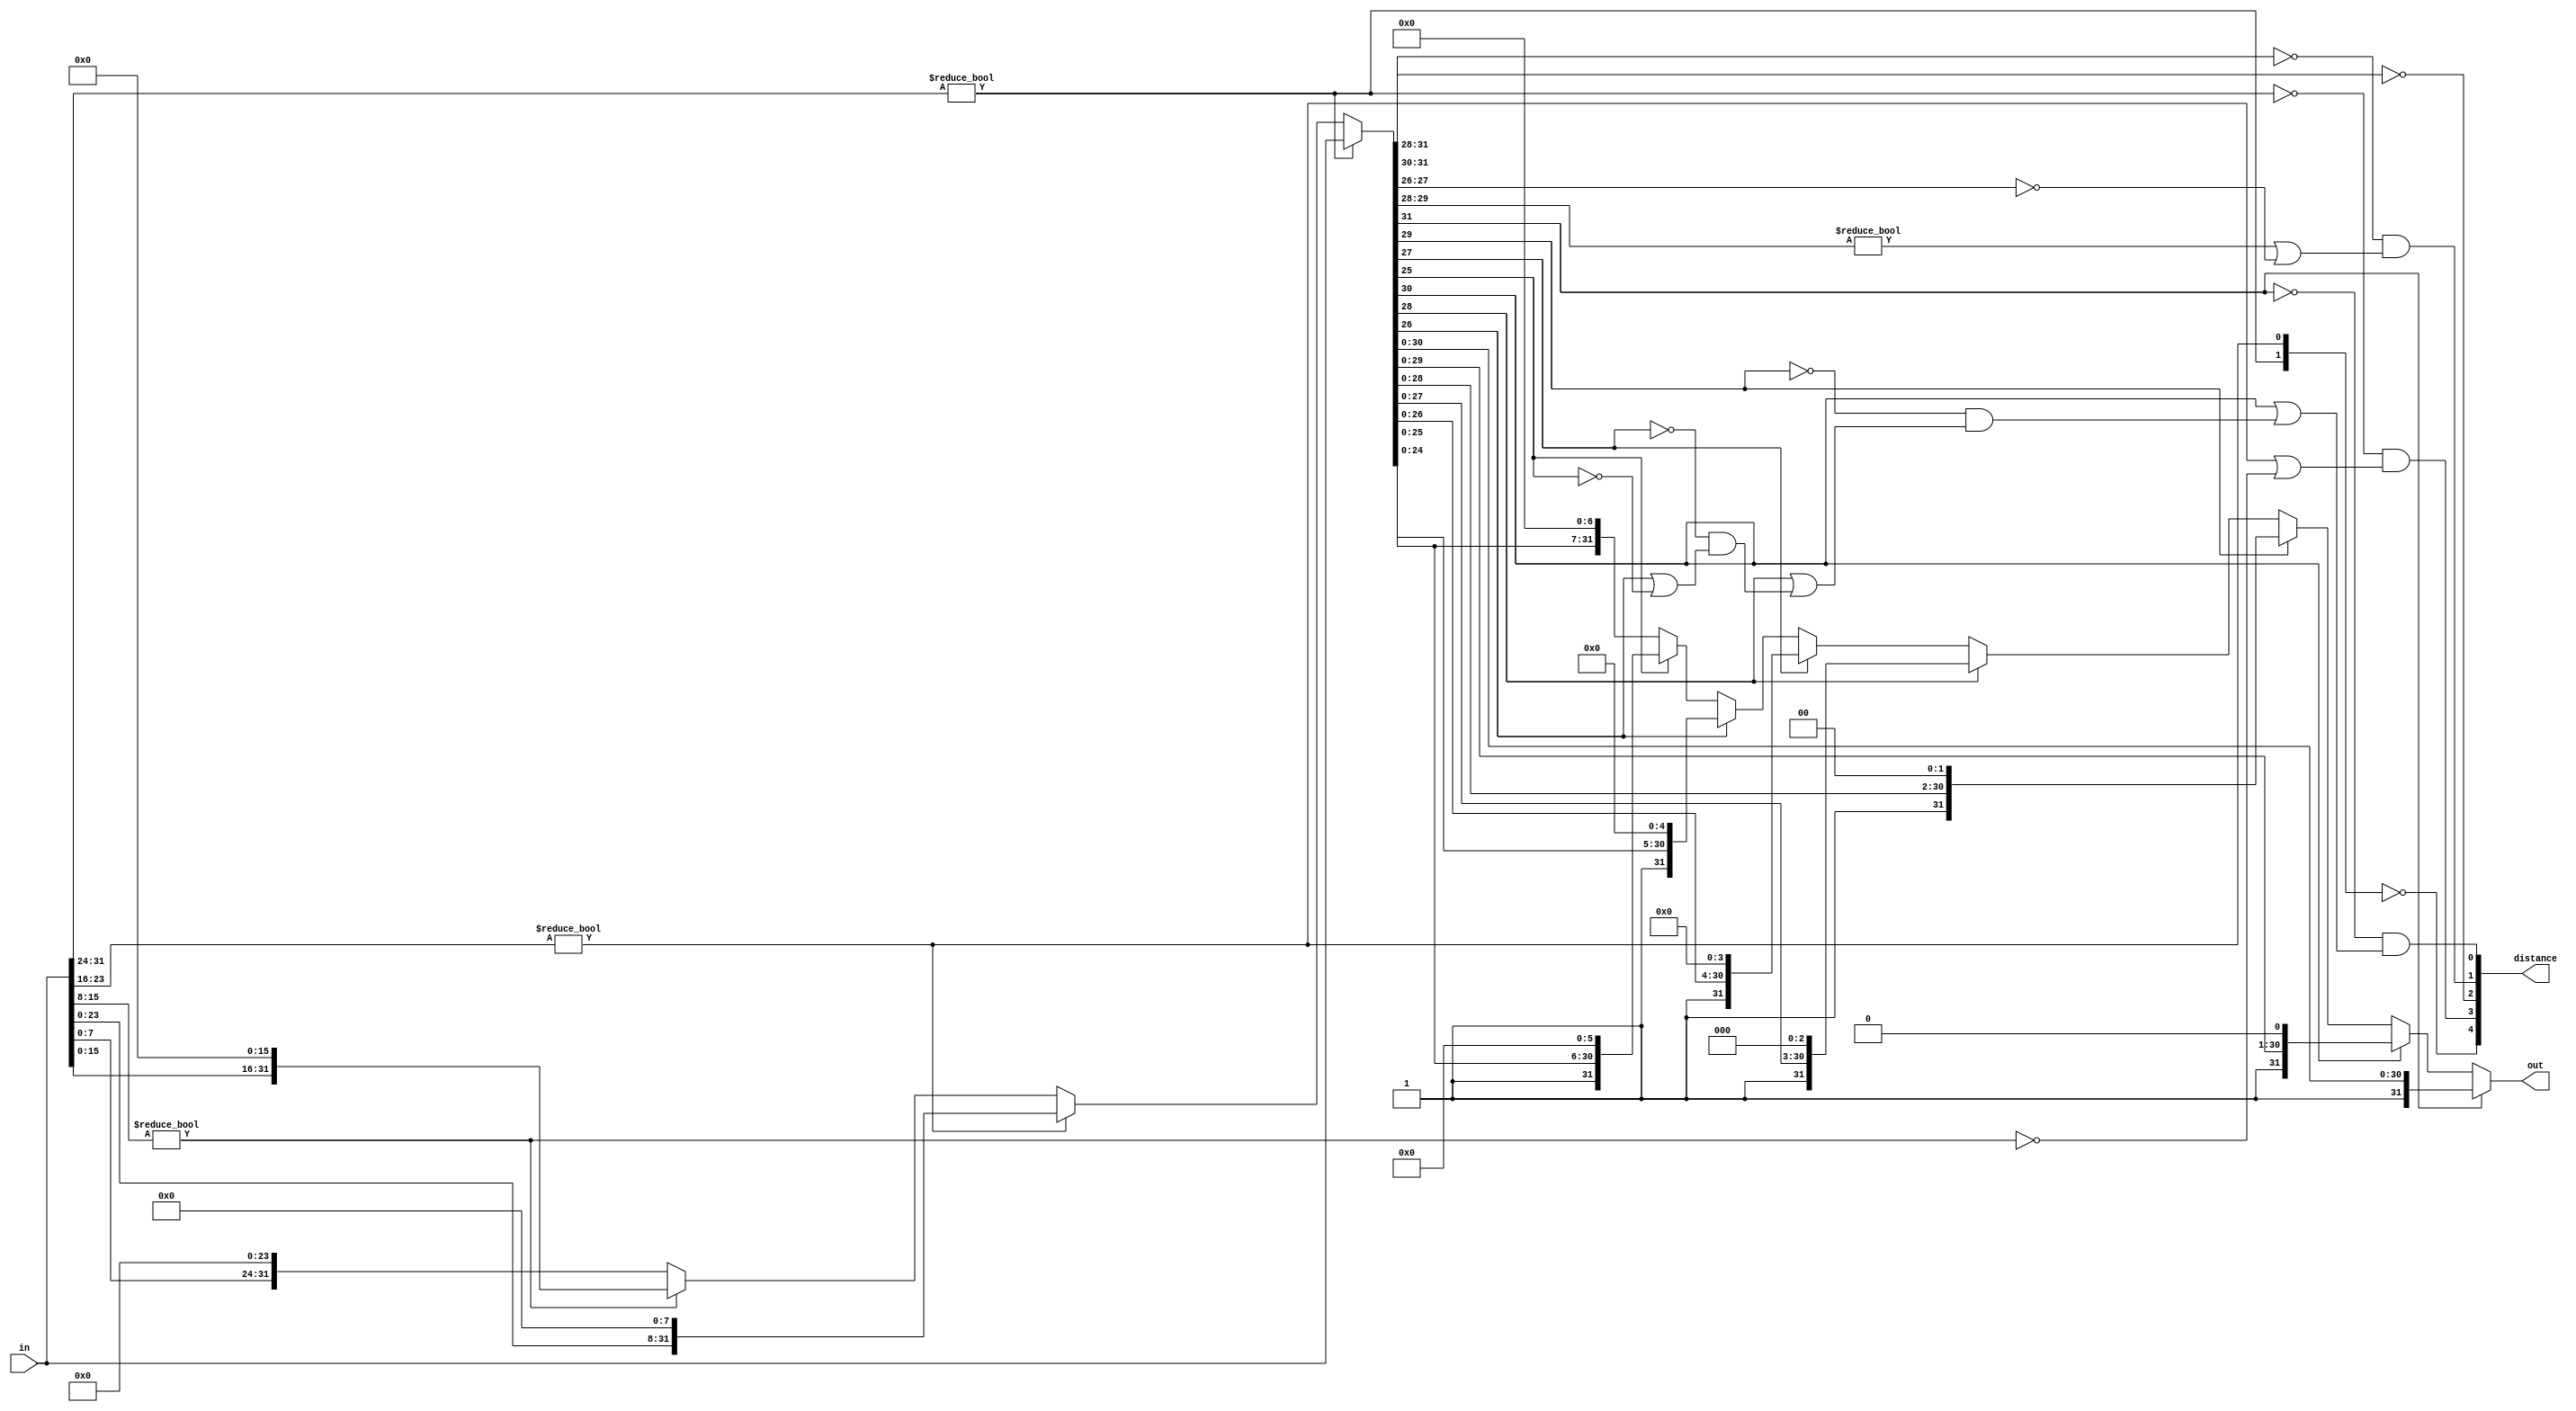

/*----------------------------------------------------------------------------
| If `in' is zero, returns `distance' = 31 and `out' = 0.  Otherwise, returns
| normalized `in' in `out' such that `out[31]' is 1.
*----------------------------------------------------------------------------*/

module normalize32( in, distance, out );

    input  [31:0] in;
    output [4:0]  distance;
    output [31:0] out;

    wire [3:1]  reduce8s;
    wire [4:0]  distance;
    wire [31:0] normTo8, out;

    assign reduce8s[3] = ( in[31:24] != 0 );
    assign reduce8s[2] = ( in[23:16] != 0 );
    assign reduce8s[1] = ( in[15:8]  != 0 );
    assign distance[4] = ( reduce8s[3:2] == 0 );
    assign distance[3] = ~ reduce8s[3] & ( reduce8s[2] | ~ reduce8s[1] );
    assign normTo8 =
          reduce8s[3] ? in
        : reduce8s[2] ? in<<8
        : reduce8s[1] ? in<<16
        : in<<24;

    assign distance[2] = ( normTo8[31:28] == 0 );
    assign distance[1] =
        ( normTo8[31:30] == 0 )
            & ( ( normTo8[29:28] != 0 ) || ( normTo8[27:26] == 0 ) );
    assign distance[0] =
          ~ normTo8[31]
        & (   normTo8[30]
            | (   ~ normTo8[29]
                & (   normTo8[28]
                    | ( ~ normTo8[27] & ( normTo8[26] | ~ normTo8[25] ) ) )
              )
          );
    assign out =
          normTo8[31] ? normTo8
        : normTo8[30] ? normTo8<<1
        : normTo8[29] ? normTo8<<2
        : normTo8[28] ? normTo8<<3
        : normTo8[27] ? normTo8<<4
        : normTo8[26] ? normTo8<<5
        : normTo8[25] ? normTo8<<6
        : normTo8<<7;

endmodule